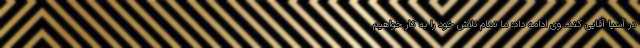
در آسیا آقایی کند. وی ادامه داد: ما تمام تلاش خود را به کار خواهیم